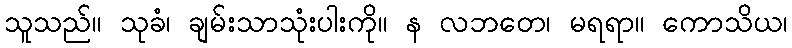
သူသည်။ သုခံ၊ ချမ်းသာသုံးပါးကို။ န လဘတေ၊ မရရာ။ ကောသိယ၊